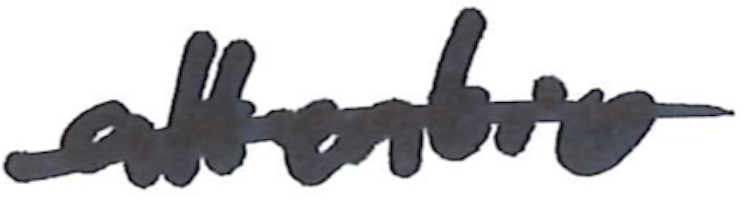
Text: attention
Cross-out: single-line
Writing tool: marker